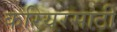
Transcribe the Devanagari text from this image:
करियरसाठी